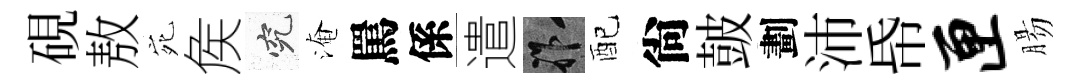
硯敖宛矦究淹罵係遣祚配尙皷劃沛帋匣腸